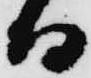
而